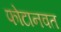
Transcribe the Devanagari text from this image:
फोटानवत